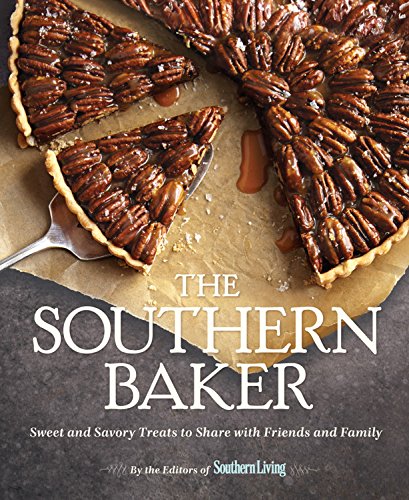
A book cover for The Southern Baker: Sweet & Savory Treats to Share with Friends and Family; The Editors of Southern Living Magazine; Cookbooks, Food & Wine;